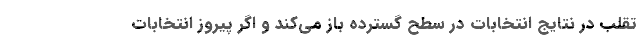
تقلب در نتایج انتخابات در سطح گسترده باز می‌کند و اگر پیروز انتخابات